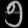
Digit: ၅